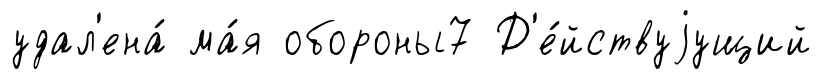
удал'ена́ ма́я обороны7 Д'е́йствуjущий